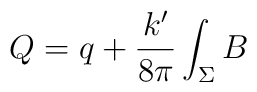
Q =q+\frac{k'}{8\pi}\int_\Sigma B